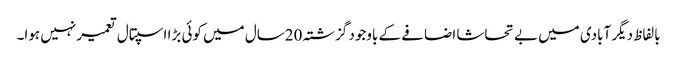
بالفاظ دیگر آبادی میں بے تحاشا اضافے کے باوجود گزشتہ 20سال میں کوئی بڑا اسپتال تعمیر نہیں ہوا۔